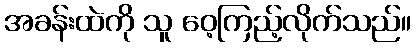
အခန်းထဲကို သူ ဝေ့ကြည့်လိုက်သည်။